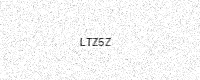
Text: LTZ5Z